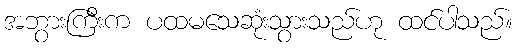
အဘွားကြီးက ပထမသေဆုံးသွားသည်ဟု ထင်ပါသည်။